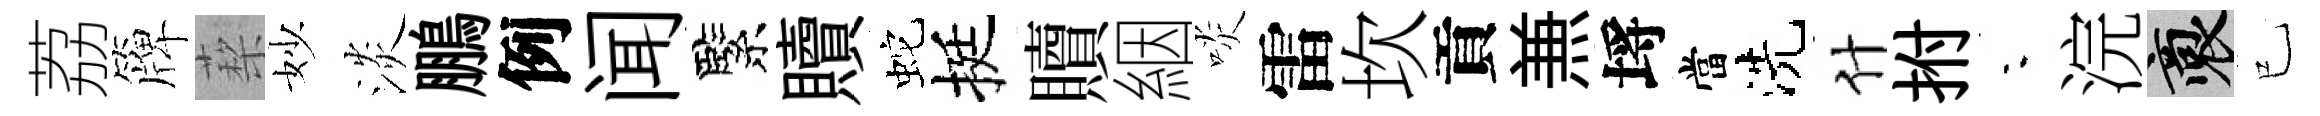
荔簰蔾妙淡鵬例闻緊贖蛇挺贖絪啖雷坎貢𠔥埓當洗什拊夜浣裔已